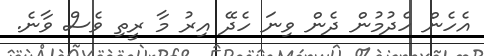
އެހެން ހެދުމުން ދެން ވިނަ ހެދޭ އިރު މާ ރީތި ވެސް ވާނެ.